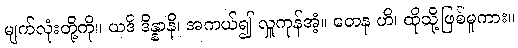
မျက်လုံးတို့ကို။ ယဒိ ဒိန္နာနိ၊ အကယ်၍ လှူကုန်အံ့။ တေန ဟိ၊ ထိုသို့ဖြစ်မူကား။